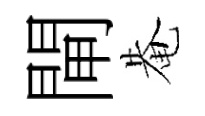
閘𤲅